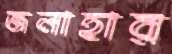
জলাহার